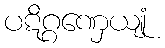
ပဋိဂ္ဂဏှေယျုံ